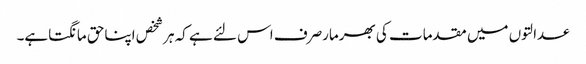
عدالتوں میں مقدمات کی بھرمارصرف اس لئے ہے کہ ہرشخص اپناحق مانگتاہے۔